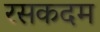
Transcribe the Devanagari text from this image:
रसकदम